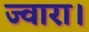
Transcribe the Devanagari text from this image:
ज्वारा।